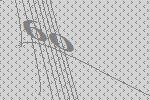
60